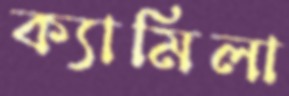
ক্যামিলা